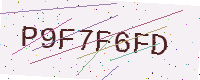
Text: P9F7F6FD